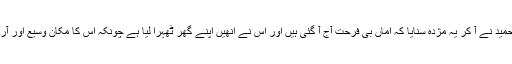
عجیب تذبذب کے عالم میں میں نے کئی راتیں کاٹ دیں،پھر ایک شام حمید نے آ کر یہ مژدہ سنایا کہ اماں بی فرحت آج آ گئی ہیں اور اس نے انھیں اپنے گھر ٹھہرا لیا ہے چونکہ اس کا مکان وسیع اور آرام دہ ہے اس لیے وہ نہیں چاہتا تھا کہ میرے مکان میں انھیں تکلیف ہو۔